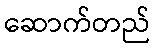
ဆောက်တည်